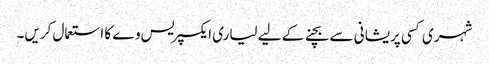
شہری کسی پریشانی سے بچنے کے لیے لیاری ایکسپریس وے کا استعمال کریں۔